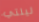
ليلتي